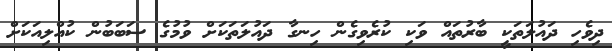
ދިވެހި ދައުލަތަކީ ބާރުތައް ވަކި ކުރެވިގެން ހިނގާ ދައުލަތަކަށް ވުމުގެ ސަބަބުން ކުއްލިއަކަށް